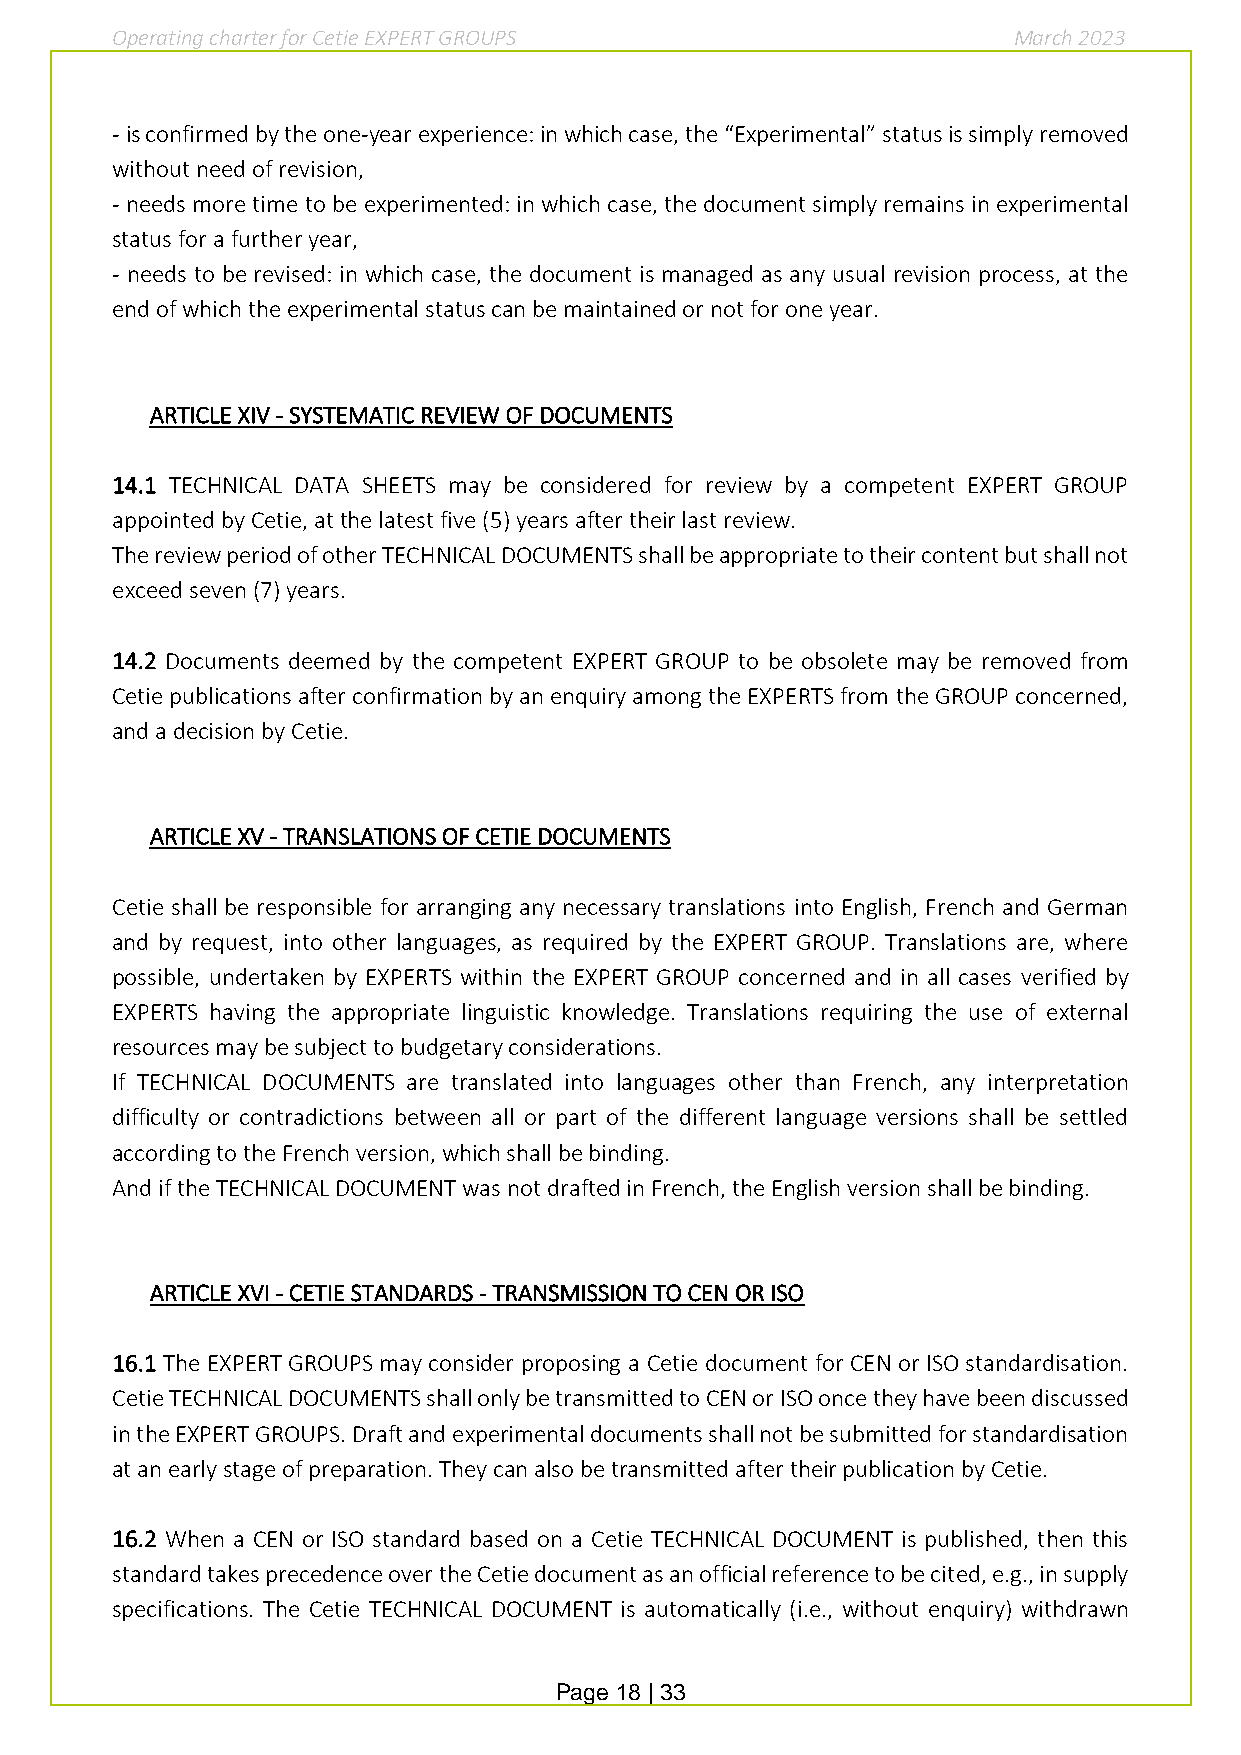
Operating charter for Cetie EXPERT GROUPS                   March 2023
 - is confirmed by the one-year experience: in which case, the “Experimental” status is simply removed
 without need of revision,
 - needs more time to be experimented: in which case, the document simply remains in experimental
 status for a further year,
 - needs to be revised: in which case, the document is managed as any usual revision process, at the
 end of which the experimental status can be maintained or not for one year.
 ARTICLE XIV - SYSTEMATIC REVIEW OF DOCUMENTS
 14.1 TECHNICAL DATA SHEETS may be considered for review by a competent EXPERT GROUP
 appointed by Cetie, at the latest five (5) years after their last review.
 The review period of other TECHNICAL DOCUMENTS shall be appropriate to their content but shall not
 exceed seven (7) years.
 14.2 Documents deemed by the competent EXPERT GROUP to be obsolete may be removed from
 Cetie publications after confirmation by an enquiry among the EXPERTS from the GROUP concerned,
 and a decision by Cetie.
 ARTICLE XV - TRANSLATIONS OF CETIE DOCUMENTS
 Cetie shall be responsible for arranging any necessary translations into English, French and German
 and by request, into other languages, as required by the EXPERT GROUP. Translations are, where
 possible, undertaken by EXPERTS within the EXPERT GROUP concerned and in all cases verified by
 EXPERTS having the appropriate linguistic knowledge. Translations requiring the use of external
 resources may be subject to budgetary considerations.
 If TECHNICAL DOCUMENTS are translated into languages other than French, any interpretation
 difficulty or contradictions between all or part of the different language versions shall be settled
 according to the French version, which shall be binding.
 And if the TECHNICAL DOCUMENT was not drafted in French, the English version shall be binding.
 ARTICLE XVI - CETIE STANDARDS - TRANSMISSION TO CEN OR ISO
 16.1 The EXPERT GROUPS may consider proposing a Cetie document for CEN or ISO standardisation.
 Cetie TECHNICAL DOCUMENTS shall only be transmitted to CEN or ISO once they have been discussed
 in the EXPERT GROUPS. Draft and experimental documents shall not be submitted for standardisation
 at an early stage of preparation. They can also be transmitted after their publication by Cetie.
 16.2 When a CEN or ISO standard based on a Cetie TECHNICAL DOCUMENT is published, then this
 standard takes precedence over the Cetie document as an official reference to be cited, e.g., in supply
 specifications. The Cetie TECHNICAL DOCUMENT is automatically (i.e., without enquiry) withdrawn
 Page 18 | 33